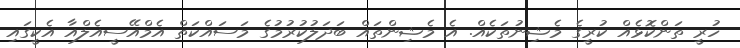
ހުރީ ތަންކޮޅެއް ކުރީގެ މެޝިނުތަކެއް. އެ މެޝިންތައް ބަދަލުކުރުމުގެ މަސައްކަތް އެމްއޭސީއެލްއާ އެކީގައި